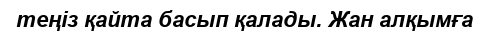
теңіз қайта басып қалады. Жан алқымға